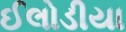
ઈલોડીયા